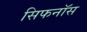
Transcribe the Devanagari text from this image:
सिफनॉस